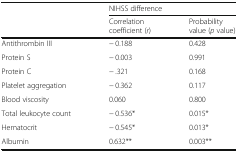
| <ROWSPAN=2>  | <COLSPAN=2> NIHSS difference |
 | Correlation coefficient (r) | Probability value (p value) |
 | --- | --- | --- |
 | Antithrombin III | − 0.188 | 0.428 |
 | Protein S | − 0.003 | 0.991 |
 | Protein C | − .321 | 0.168 |
 | Platelet aggregation | − 0.362 | 0.117 |
 | Blood viscosity | 0.060 | 0.800 |
 | Total leukocyte count | − 0.536* | 0.015* |
 | Hematocrit | − 0.545* | 0.013* |
 | Albumin | 0.632** | 0.003** |